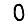
Digit: 0